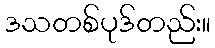
ဒသတစ်ပုဒ်တည်း။